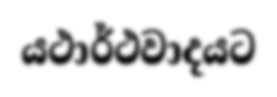
යථාර්ථවාදයට